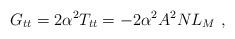
LaTeX: \begin{align*}G_{tt}=2\alpha^2 T_{tt}=-2\alpha^2 A^2 N L_{M}\ ,\end{align*}